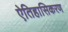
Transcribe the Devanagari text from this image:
ऐतिहासिकरण